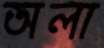
অলা